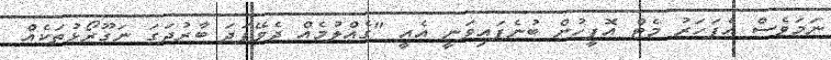
ނަމަވެސް އެފަހަރު މެޓް އޮފީހުން ބުނެފައިވަނީ އެއީ "ގެއްލުމެއް ދެވޭފަދަ ބާރުދަގަ ނަގޫރޯޅުތަކެއް